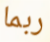
ربما